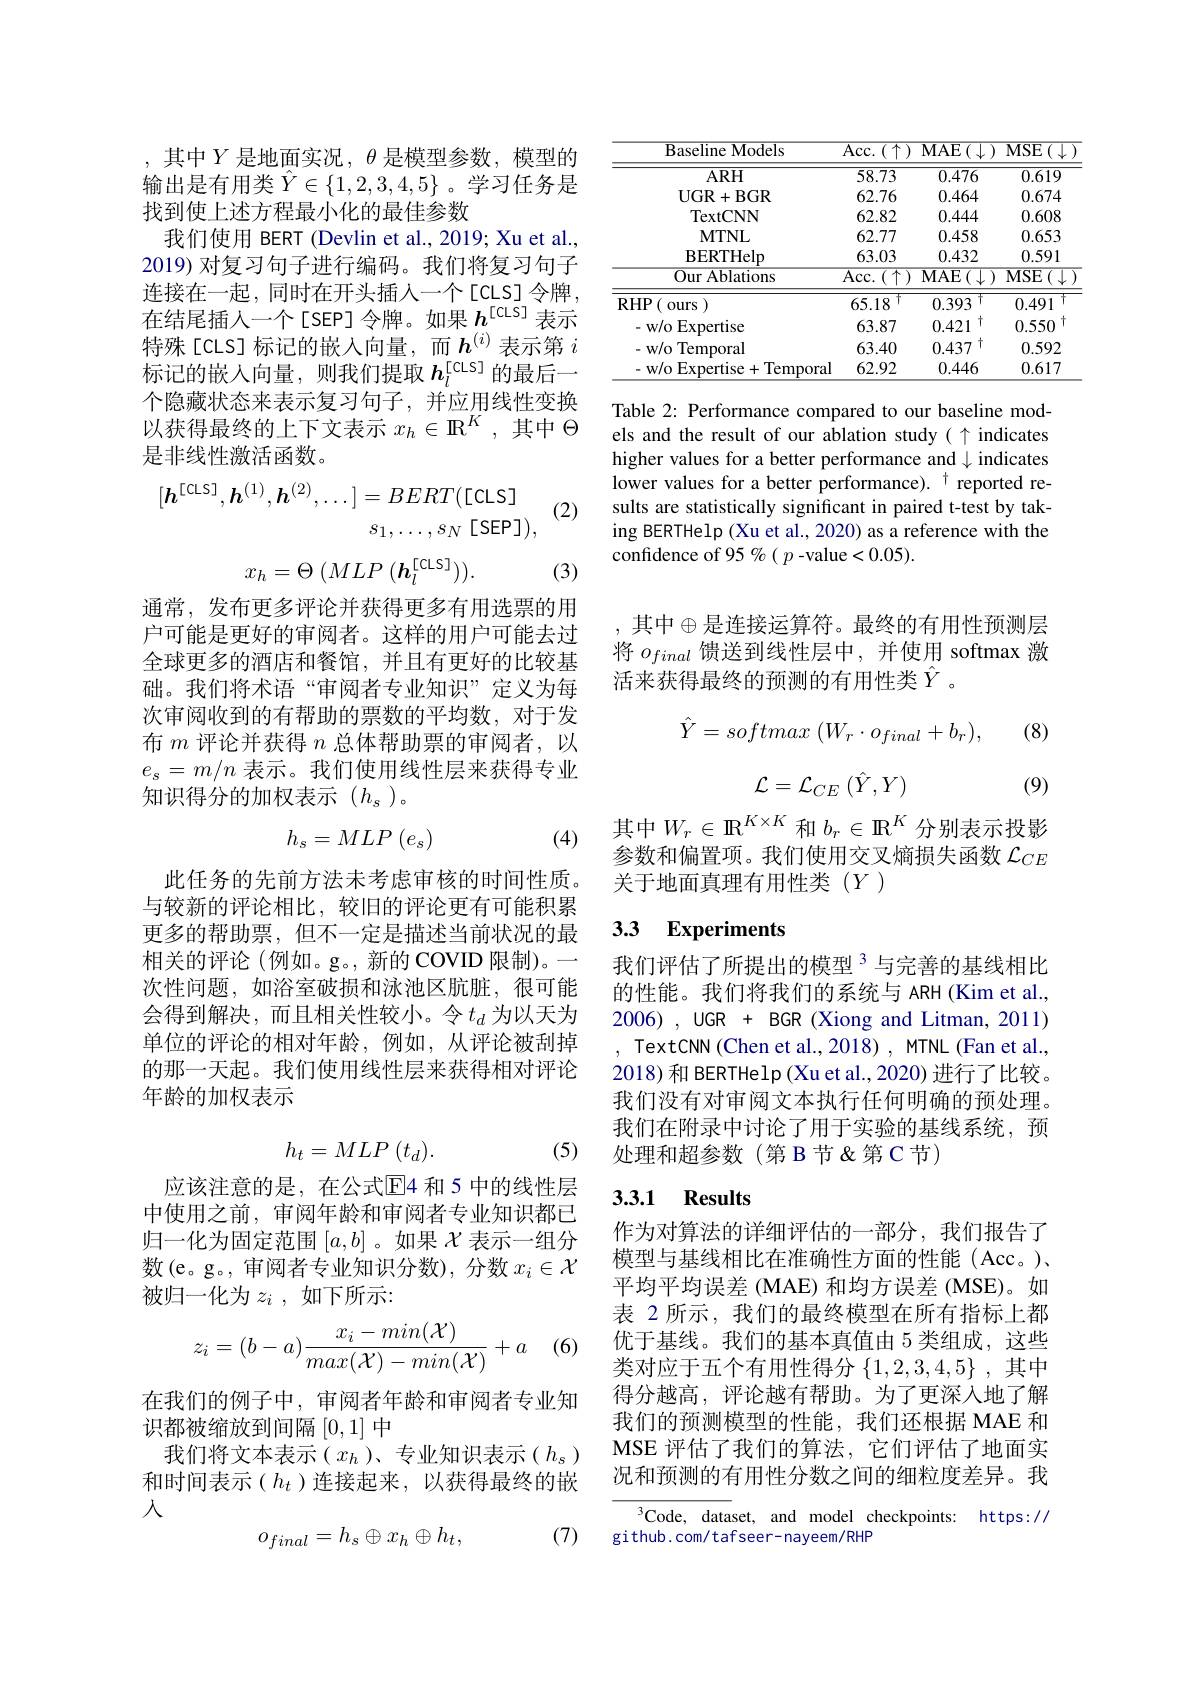
,其中$Y$是地面实况$,\theta$是模型参数，模型的输出是有用类$\hat{Y}\in\{1,2,3,4,5\}$ 。学习任务是找到使上述方程最小化的最佳参数
我们使用 BERT (Devlin et al., 2019; Xu et al., 2019) 对复习句子进行编码。我们将复习句子连接在一起，同时在开头插入一个[CLS]令牌， 在结尾插人一个[SEP]令牌。如果$h^\mathrm{[cLS]}$表示特殊[cLS]标记的嵌入向量，而$h^{(i)}$表示第 $i$ 标记的嵌入向量，则我们提取$h_l^\mathrm{[cLS]}$的最后一个隐藏状态来表示复习句子，并应用线性变换以获得最终的上下文表示$x_h\in\mathbb{R}^K$,其中$\Theta$ 是非线性激活函数。

(2)
$$[\boldsymbol{h}^{[\mathsf{CLS}]},\boldsymbol{h}^{(1)},\boldsymbol{h}^{(2)},\ldots]=BERT([\mathsf{CLS}]\\s_{1},\ldots,s_{N}\:[\mathsf{SEP}]),$$
$$x_h=\Theta\:(MLP\:(\boldsymbol{h}_l^{[\mathsf{CLS}]})).$$
(3)

通常，发布更多评论并获得更多有用选票的用户可能是更好的审阅者。这样的用户可能去过全球更多的酒店和餐馆，并且有更好的比较基础。我们将术语“审阅者专业知识”定义为每次审阅收到的有帮助的票数的平均数，对于发布$m$评论并获得$n$总体帮助票的审阅者，以$e_s=m/n$表示。我们使用线性层来获得专业知识得分的加权表示(h_s)。
$$h_s=MLP\left(e_s\right)$$
(4)

此任务的先前方法未考虑审核的时间性质。与较新的评论相比，较旧的评论更有可能积累更多的帮助票，但不一定是描述当前状况的最相关的评论(例如。g。, 新的 COVID 限制)。一次性问题，如浴室破损和泳池区肮脏，很可能会得到解决，而且相关性较小。令$t_d$ 为以天为单位的评论的相对年龄，例如，从评论被刮掉的那一天起。我们使用线性层来获得相对评论年龄的加权表示

(5)
$$h_t=MLP\:(t_d).$$
应该注意的是，在公式$\mathbb{E}$4 和 5 中的线性层中使用之前，审阅年龄和审阅者专业知识都已归一化为固定范围$[a,b]$ 。如果$\mathcal{X}$表示一组分数(e。g。, 审阅者专业知识分数), 分数$x_i\in\mathcal{X}$ 被归一化为$z_i$ ,如下所示：
$$z_i=(b-a)\frac{x_i-min(\mathcal{X})}{max(\mathcal{X})-min(\mathcal{X})}+a$$
(6)

在我们的例子中，审阅者年龄和审阅者专业知
识都被缩放到间隔[0,1]中
我们将文本表示($x_h$)、专业知识表示($h_s)$ 和时间表示($h_t$ )连接起来，以获得最终的嵌入
$$o_{final}=h_s\oplus x_h\oplus h_t,$$
(7)

<table>
	<tbody>
		<tr>
			<th>Baseline Models</th>
			<th>$\overline{\mathrm{Acc.~(\uparrow)}}$</th>
			<th>$\overline{\mathrm{MAE}(\downarrow)}$</th>
			<th>$\overline{\mathrm{MSE}(\downarrow)}$</th>
		</tr>
		<tr>
			<td>$ARH$</td>
			<td>58.73</td>
			<td>0.476</td>
			<td>0.619</td>
		</tr>
		<tr>
			<td>UGR+ BGR</td>
			<td>62.76</td>
			<td>0.464</td>
			<td>0.674</td>
		</tr>
		<tr>
			<td>TextCNN</td>
			<td>62.82</td>
			<td>0.444</td>
			<td>0.608</td>
		</tr>
		<tr>
			<td>MTNL</td>
			<td>62.77</td>
			<td>0.458</td>
			<td>0.653</td>
		</tr>
		<tr>
			<td>BERTHelp</td>
			<td>63.03</td>
			<td>0.432</td>
			<td>0.591</td>
		</tr>
		<tr>
			<td>$\overline{\mathrm{Our~Ablations}}$</td>
			<td>$\overline{\mathrm{Acc.~(\uparrow)}}$</td>
			<td>${\overline{{\mathrm{MAE}(\downarrow)}}}$</td>
			<td>$MSE$ $\exists(\downarrow.$</td>
		</tr>
		<tr>
			<td>$RHP$ ours $JI$ 1.</td>
			<td>$\dagger$ 65.18</td>
			<td>$\dagger$ 0.393</td>
			<td>$\dagger$ 0.491</td>
		</tr>
		<tr>
			<td>- w/o Expertise</td>
			<td>63.87</td>
			<td>十 0.421</td>
			<td>十 0.550</td>
		</tr>
		<tr>
			<td>- w/o Temporal</td>
			<td>63.40</td>
			<td>十 0.437</td>
			<td>0.592</td>
		</tr>
		<tr>
			<td>- w/o Expertise+ Temporal</td>
			<td>62.92</td>
			<td>0.446</td>
			<td>0.617</td>
		</tr>
	</tbody>
</table>

Table 2: Performance compared to our baseline models and the result of our ablation study( $\uparrow$ indicates higher values for a better performance and $\downarrow$ indicates lower values for a better performance). $^{\dagger}$ reported results are statistically significant in paired t-test by taking BERTHelp (Xu et al., 2020) as a reference with the confidence of 95 %( p -value<0.05).

其中$\oplus$是连接运算符。最终的有用性预测层将$o_{final}$馈送到线性层中，并使用 softmax 激活来获得最终的预测的有用性类$\hat{Y}$ 。

(8)
$$\hat{Y}=softmax\:(W_{r}\cdot o_{final}+b_{r}),$$
$$\mathcal{L}=\mathcal{L}_{CE}\left(\hat{Y},Y\right)$$
(9)

其中$W_r\in\mathbb{R}^{K\times K}$和$b_r\in\mathbb{R}^K$分别表示投影参数和偏置项。我们使用交叉熵损失函数$\mathcal{L}_{CE}$ 关于地面真理有用性类(Y)

### 3.3 Experiments

我们评估了所提出的模型$^{3}$与完善的基线相比的性能。我们将我们的系统与 ARH (Kim et al., 2006) , UGR + BGR (Xiong and Litman, 2011)
TextCNN (Chen et al., 2018) , MTNL (Fan et al., 2018) 和 BERTHelp(Xu et al., 2020) 进行了比较。我们没有对审阅文本执行任何明确的预处理。我们在附录中讨论了用于实验的基线系统，预处理和超参数(第 B 节&第 C 节)

## 3.3.1 Results

作为对算法的详细评估的一部分，我们报告了模型与基线相比在准确性方面的性能(Acc。)、 平均平均误差 (MAE) 和均方误差 (MSE)。如表 2 所示，我们的最终模型在所有指标上都优于基线。我们的基本真值由 5 类组成，这些类对应于五个有用性得分$\{1,2,3,4,5\}$ ,其中得分越高，评论越有帮助。为了更深入地了解我们的预测模型的性能，我们还根据 MAE 和MSE 评估了我们的算法，它们评估了地面实况和预测的有用性分数之间的细粒度差异。我

$^3$Code, dataset, and model checkpoints: https://
github.com/tafseer-nayeem/RHP